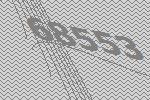
68553